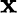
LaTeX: \mathbf{x}